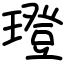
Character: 璒